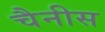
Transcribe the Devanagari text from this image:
चैनीस